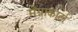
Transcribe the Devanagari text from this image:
मॅग्नाकार्टा